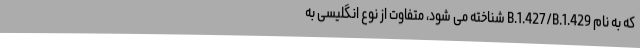
که به نام B.1.427/B.1.429 شناخته می شود، متفاوت از نوع انگلیسی به